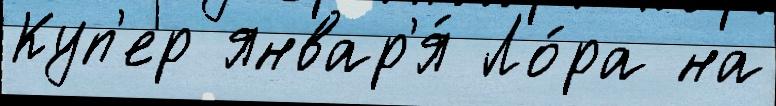
Куп'ер январ'я́ Ло́ра на